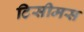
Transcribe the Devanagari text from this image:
टिसीमस